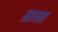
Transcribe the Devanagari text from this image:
ग्रामा